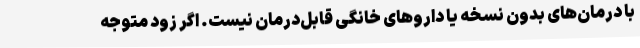
با درمان‌های بدون نسخه یا داروهای خانگی قابل‌درمان نیست. اگر زود متوجه